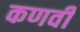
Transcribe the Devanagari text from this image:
कणवी